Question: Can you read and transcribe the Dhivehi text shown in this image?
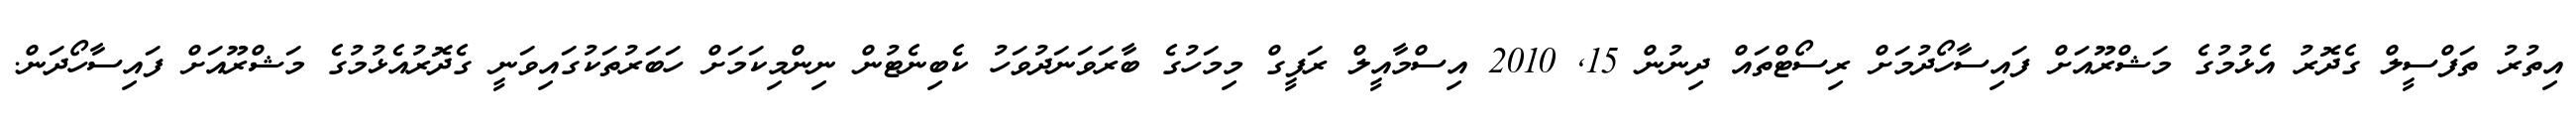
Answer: އިތުރު ތަފްސީލް ގެދޮރު އެޅުމުގެ މަޝްރޫއަށް ފައިސާހޯދުމަށް ރިސޯޓްތައް ދިނުން 15, 2010 އިސްމާއީލް ރަފީގް މިމަހުގެ ބާރަވަނަދުވަހު ކެބިނެޓުން ނިންމިކަމަށް ހަބަރުތަކުގައިވަނީ ގެދޮރުއެޅުމުގެ މަޝްރޫއަށް ފައިސާހޯދަން.